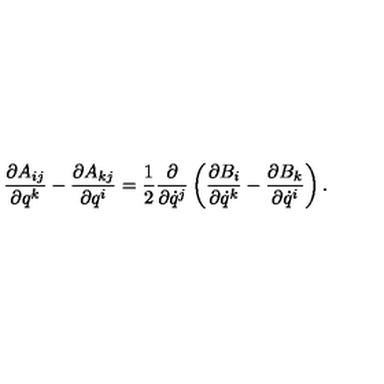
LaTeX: \frac { \partial A _ { i j } } { \partial q ^ { k } } - \frac { \partial A _ { k j } } { \partial q ^ { i } } = \frac 1 2 \frac { \partial } { \partial \dot { q } ^ { j } } \left( \frac { \partial B _ { i } } { \partial \dot { q } ^ { k } } - \frac { \partial B _ { k } } { \partial \dot { q } ^ { i } } \right) .